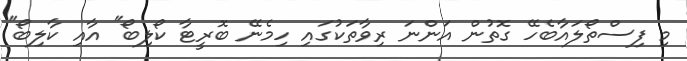
މި ފިސްތޯލައާބެހޭ ގޮތުން އަންނަ ރިވާތަކުގައި ހިމެނޭ ބޮރީޓާ ކޯލިބޯ" އާއި ކާލިބޯ"